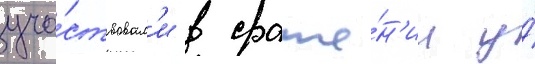
уча́ствовал'и в сраже́н'ии у́